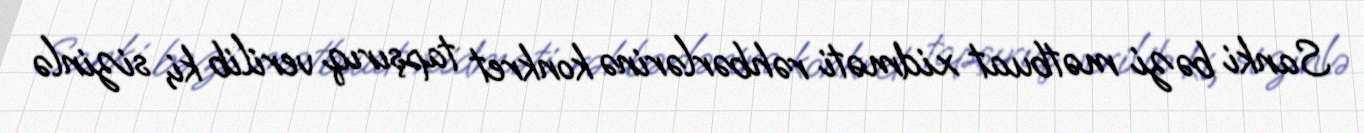
Sanki bəzi mətbuat xidməti rəhbərlərinə konkret tapşırıq verilib ki, sizinlə